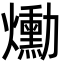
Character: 爋